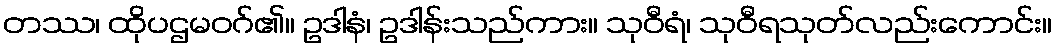
တဿ၊ ထိုပဌမဝဂ်၏။ ဥဒါနံ၊ ဥဒါန်းသည်ကား။ သုဝီရံ၊ သုဝီရသုတ်လည်းကောင်း။